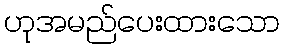
ဟုအမည်ပေးထားသော